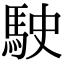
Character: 駛